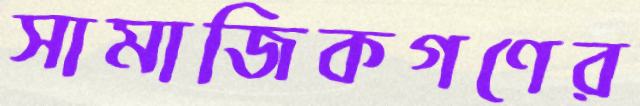
সামাজিকগণের